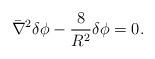
LaTeX: \begin{align*}\bar \nabla^2 \delta \phi - {8 \over R^2} \delta \phi =0.\end{align*}